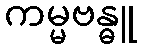
ကမ္မဗန္ဓူ